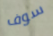
سوف